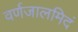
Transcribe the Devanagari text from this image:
वर्णजालमिदं